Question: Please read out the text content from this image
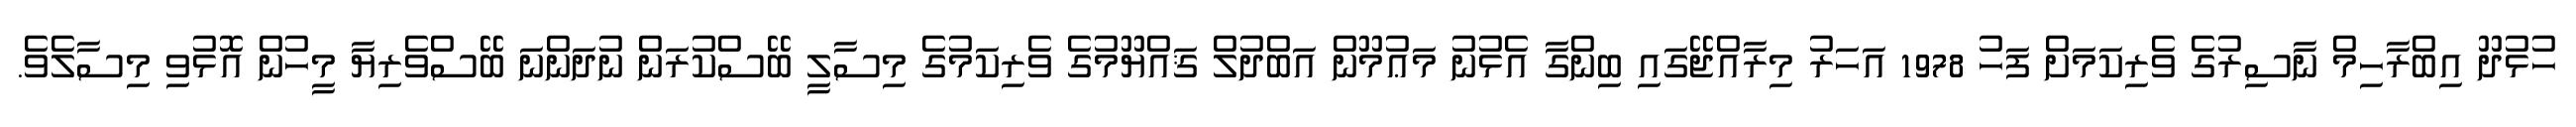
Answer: ހުޅުދޫ އިބްރާހިމް ނާސިރުގެ ވެރިކަމަށް ފަހު 1978 އަހަރު މިރާއްޖޭގައި ބިންގާ އެޅުނު މަޢުމޫން އަބްދުލް ޤައްޔޫމުގެ ވެރިކަމުގެ މިސާލީ ބޭސްކުރަން ނުދަންނަ ބޭސްވެރިޔާ މީހުން އޮޅުވި މިސާލެވެ.